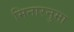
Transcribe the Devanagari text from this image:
मिनारनुमा